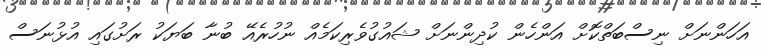
އަހަންނަށް ނިސްބަތްކޮށް އަންހެން ކުދިންނަށް ޝައުގުވެރިކަމެއް ނުހުރެއޭ ބުނާ ބަޔަކު ރަށުގައި އުޅުނަސް